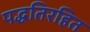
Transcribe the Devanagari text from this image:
पद्धतिरहित